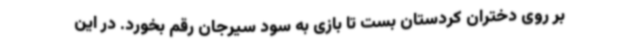
بر روی دختران کردستان بست تا بازی به سود سیرجان رقم بخورد. در این